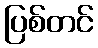
ပြစ်တင်